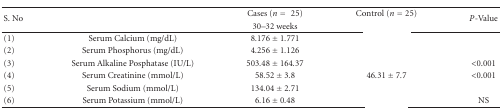
<table><thead><tr><td rowspan="2"><b>S. No</b></td><td rowspan="2">[EMPTY_CELL]</td><td><b>Cases (<i>n</i> = 25)</b></td><td><b>Control (<i>n</i> = 25)</b></td><td rowspan="2"><b><i>P</i>-Value</b></td></tr><tr><td><b>30–32 weeks</b></td><td>[EMPTY_CELL]</td></tr></thead><tbody><tr><td>(1)</td><td>Serum Calcium (mg/dL)</td><td>8.176 ± 1.771</td><td>[EMPTY_CELL]</td><td>[EMPTY_CELL]</td></tr><tr><td>(2)</td><td>Serum Phosphorus (mg/dL)</td><td>4.256 ± 1.126</td><td>[EMPTY_CELL]</td><td>[EMPTY_CELL]</td></tr><tr><td>(3)</td><td>Serum Alkaline Posphatase (IU/L)</td><td>503.48 ± 164.37</td><td>[EMPTY_CELL]</td><td>&lt;0.001</td></tr><tr><td>(4)</td><td>Serum Creatinine (mmol/L)</td><td>58.52 ± 3.8</td><td>46.31 ± 7.7</td><td>&lt;0.001</td></tr><tr><td>(5)</td><td>Serum Sodium (mmol/L)</td><td>134.04 ± 2.71</td><td>[EMPTY_CELL]</td><td>[EMPTY_CELL]</td></tr><tr><td>(6)</td><td>Serum Potassium (mmol/L)</td><td>6.16 ± 0.48</td><td>[EMPTY_CELL]</td><td>NS</td></tr></tbody></table>